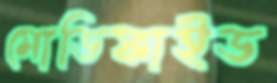
মোডিফাইড